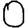
Digit: 0